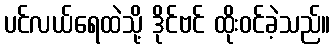
ပင်လယ်ရေထဲသို့ ဒိုင်ဗင် ထိုးဝင်ခဲ့သည်။